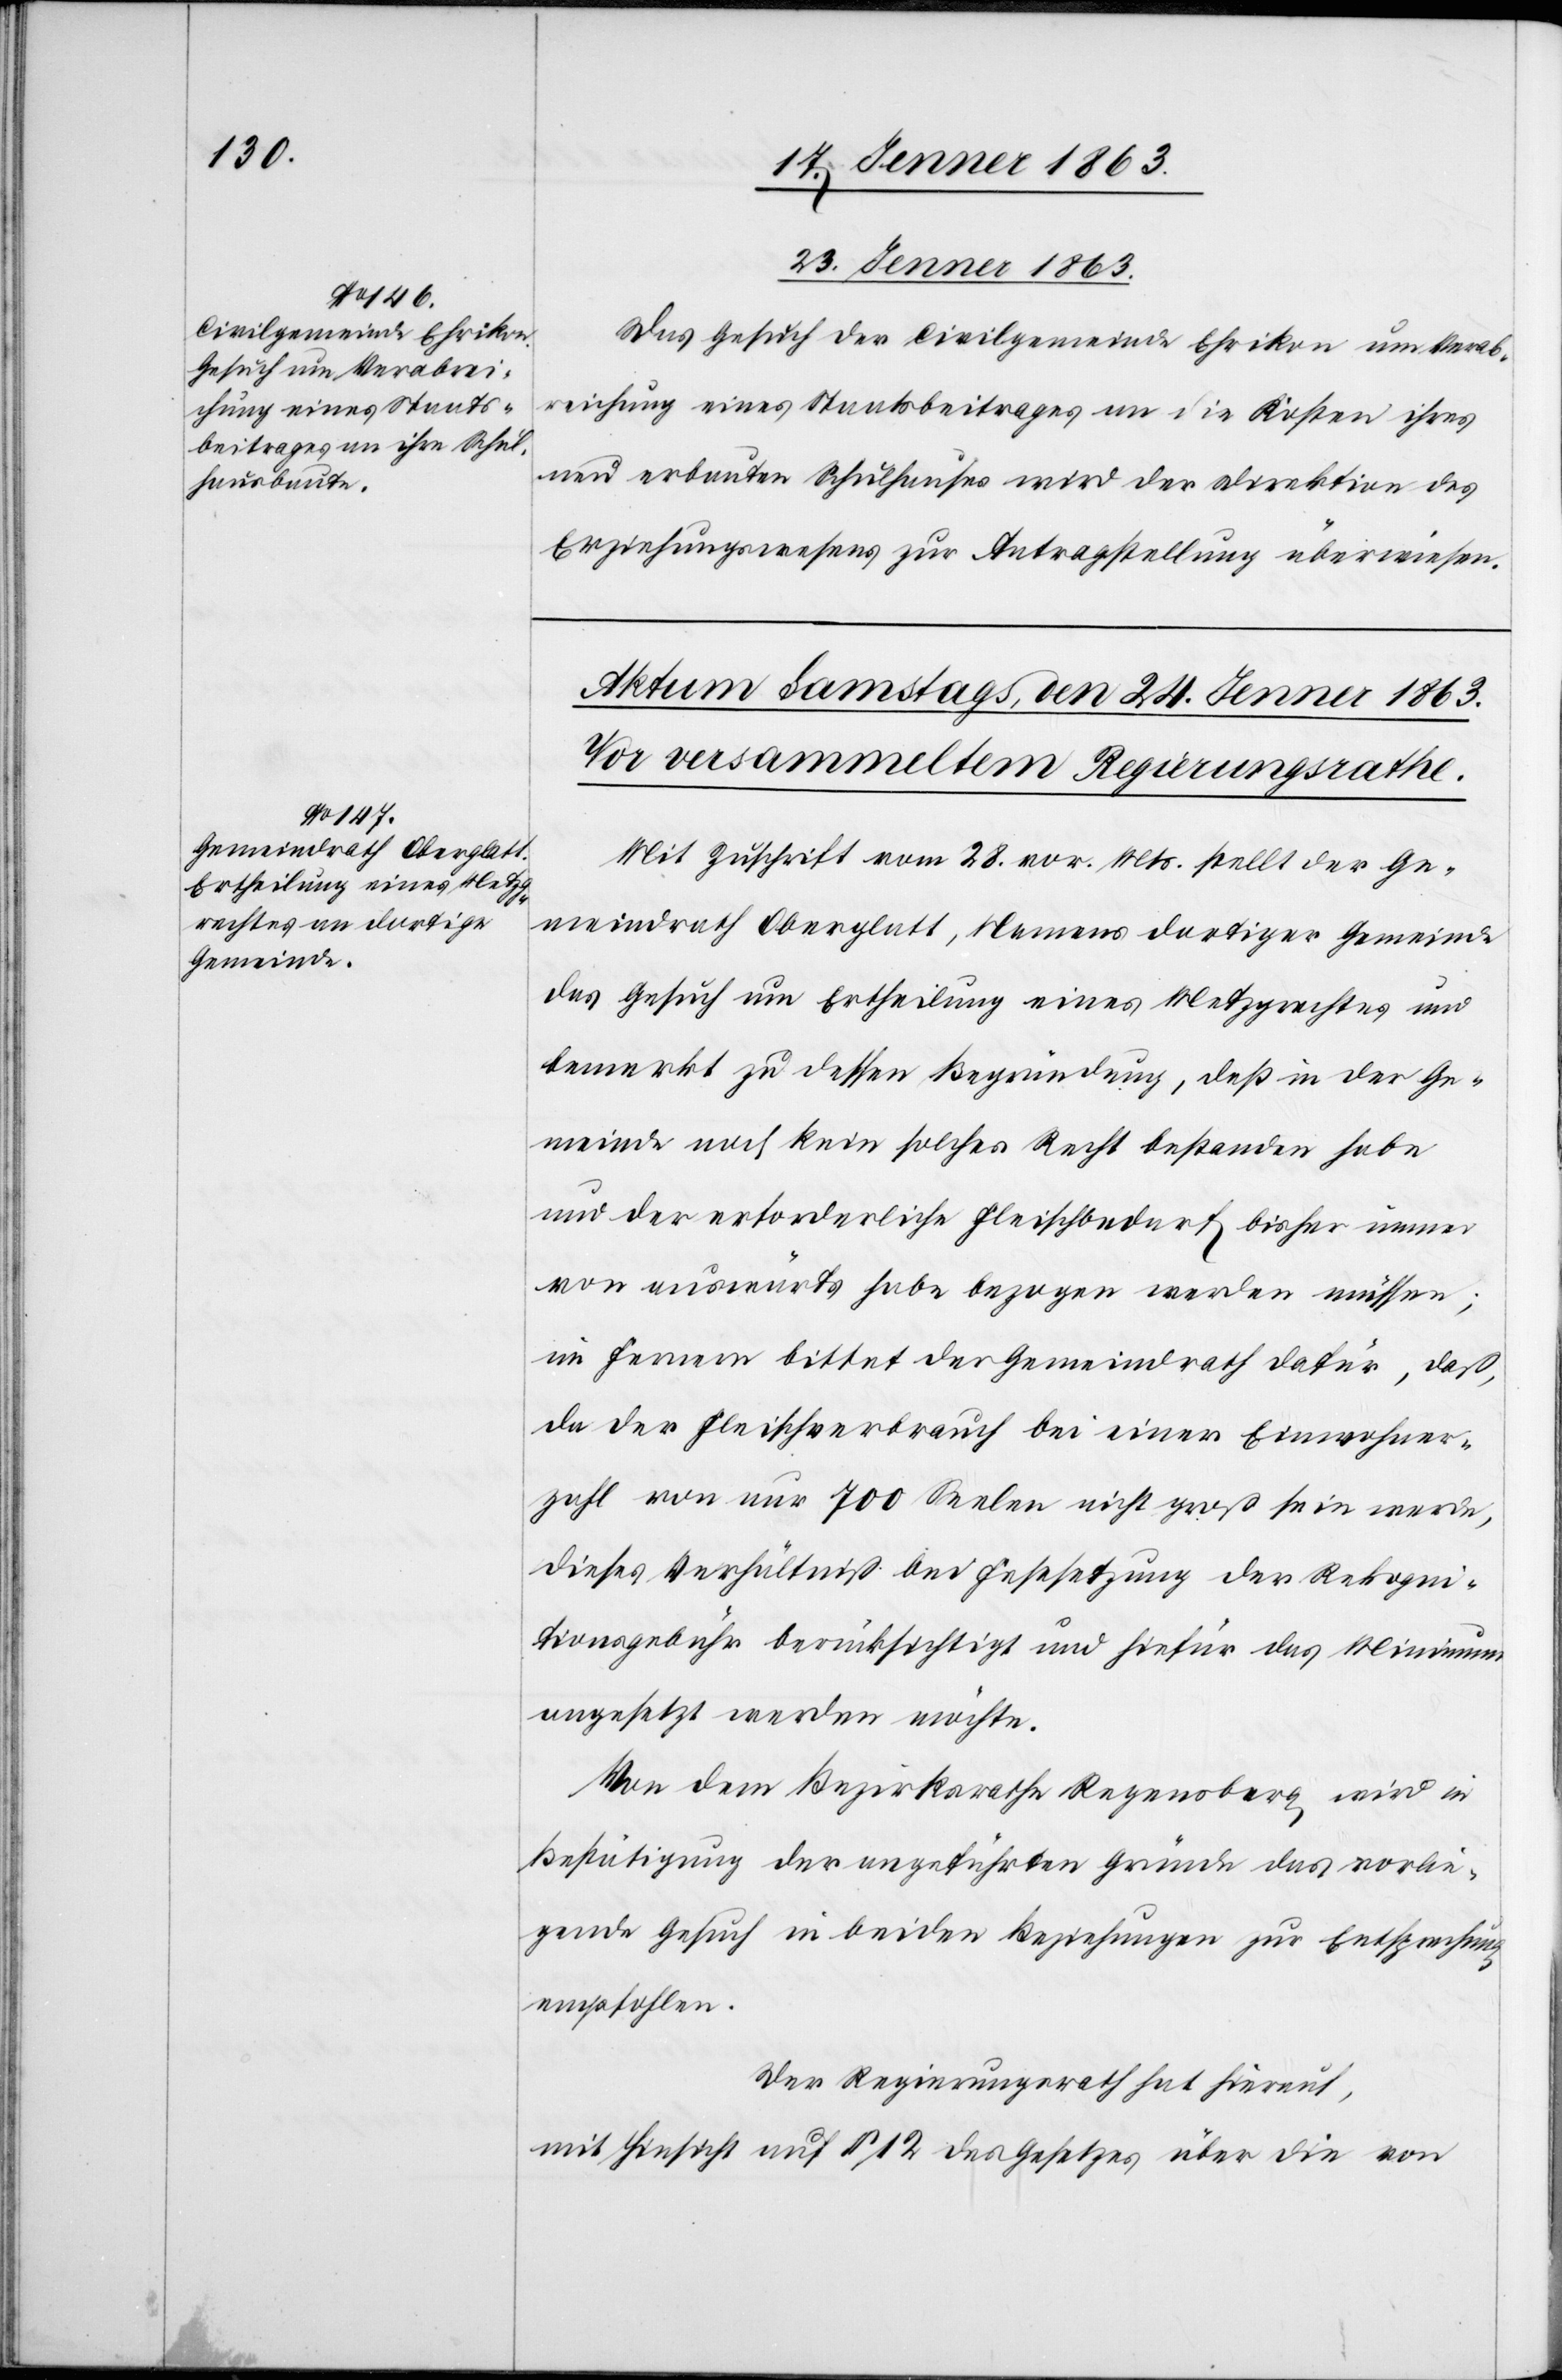
23. Jenner 1863.
Das Gesuch der Civilgemeinde Ehrikon um Verab¬
reichung eines Staatsbeitrages an die Kosten ihres
neu erbauten Schulhauses wird der Direktion des
Erziehungswesens zur Antragstellung überwiesen.
Mit Zuschrift vom 28. vor. Mts. stellt der Ge¬
meindrath Oberglatt, Namens dortiger Gemeinde
das Gesuch um Ertheilung eines Metzgrechtes und
bemerkt zu dessen Begründung, daß in der Ge¬
meinde noch kein solches Recht bestanden habe
und der erforderliche Fleischbedarf bisher immer
von auswärts habe bezogen werden müssen;
im Fernern bittet der Gemeindrath dafür, daß,
da der Fleischverbrauch bei einer Einwohner¬
zahl von nur 700 Seelen nicht groß sein werde,
dieses Verhältniß bei Festsetzung der Rekogni¬
tionsgebühr berücksichtigt und hiefür das Minimum
angesetzt werden möchte.
Von dem Bezirksrathe Regensberg wird in
Bestätigung der angeführten Gründe das vorlie¬
gende Gesuch in beiden Beziehungen zur Entsprechung
empfohlen.
Der Regierungsrath hat hierauf,
mit Hinsicht auf § 12 des Gesetzes über die von